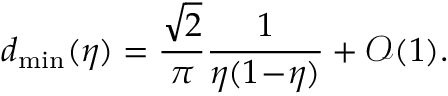
d _ { \operatorname* { m i n } } ( \eta ) = \frac { \sqrt { 2 } } { \pi } \frac { 1 } { \eta ( 1 \! - \! \eta ) } + \mathcal { O } ( 1 ) .